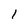
Character: l